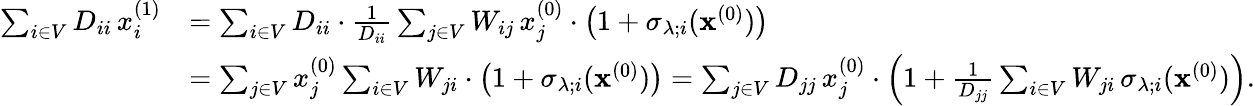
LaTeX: \begin{array}{rl}{\sum_{i\in V}D_{ii}\, x_{i}^{(1)}}&{=\sum_{i\in V}D_{ii}\cdot\frac{1}{D_{ii}}\sum_{j\in V}W_{ij}\, x_{j}^{(0)}\cdot\left(1+\sigma_{\lambda;i}(\mathbf{x}^{(0)})\right)}\\ &{=\sum_{j\in V}x_{j}^{(0)}\sum_{i\in V}W_{ji}\cdot\left(1+\sigma_{\lambda;i}(\mathbf{x}^{(0)})\right)=\sum_{j\in V}D_{jj}\, x_{j}^{(0)}\cdot\left(1+\frac{1}{D_{jj}}\sum_{i\in V}W_{ji}\, \sigma_{\lambda;i}(\mathbf{x}^{(0)})\right).}\end{array}